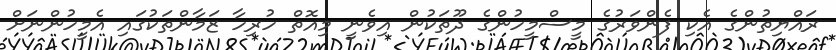
ރައްޔިތުންގެ އެކި ފެންވަރުގެ މީސްމީހުންގެ ދޫތަކުން އިވެނީ މިއޮތް ހުރިހާ ޒަމާންތަކުގައި އެމީހުންނަށް